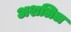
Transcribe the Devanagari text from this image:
अशलिल